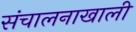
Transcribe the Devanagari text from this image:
संचालनाखाली